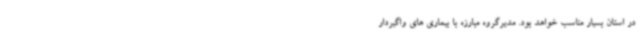
در استان بسیار مناسب خواهد بود. مدیرگروه مبارزه با بیماری های واگیردار